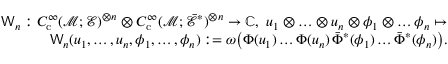
\begin{array} { r l r } & { } & { \mathsf { W } _ { n } : C _ { \mathrm { c } } ^ { \infty } ( \mathscr { M ; E } ) ^ { \otimes n } \otimes C _ { \mathrm { c } } ^ { \infty } ( \mathscr { M } ; \bar { \mathscr { E } } ^ { * } ) ^ { \otimes n } \to \mathbb { C } , ~ u _ { 1 } \otimes \ldots \otimes u _ { n } \otimes \phi _ { 1 } \otimes \ldots \phi _ { n } \mapsto } \\ & { } & { \mathsf { W } _ { n } ( u _ { 1 } , \ldots , u _ { n } , \phi _ { 1 } , \ldots , \phi _ { n } ) : = \omega \big ( \Phi ( u _ { 1 } ) \ldots \Phi ( u _ { n } ) \, \bar { \Phi } ^ { * } ( \phi _ { 1 } ) \ldots \bar { \Phi } ^ { * } ( \phi _ { n } ) \big ) . } \end{array}